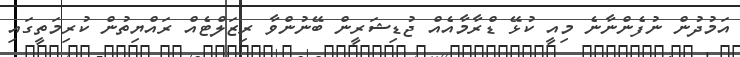
އަމުދުން ނުފެންނާނެ މިއީ ކުޅޭ ޑްރާމާއެއް ޖުޑިޝަރީން ބޭނުންވާ ރިޒަލްޓެއް ރައްޔިތުން ކުރިމަތީގައި